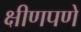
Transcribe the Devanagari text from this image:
क्षीणपणे